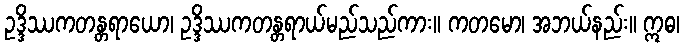
ဥဒ္ဒိဿကတန္တရာယော၊ ဥဒ္ဒိဿကတန္တရာယ်မည်သည်ကား။ ကတမော၊ အဘယ်နည်း။ ဣဓ၊